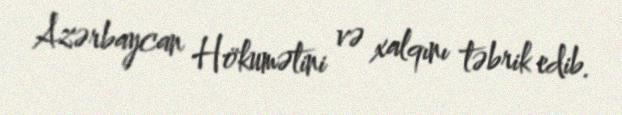
Azərbaycan Hökumətini və xalqını təbrik edib.